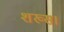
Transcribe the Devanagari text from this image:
शख्स।